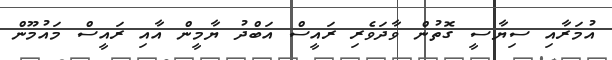
އުމަރާއި ސިޔާސީ ގޮތުން ވާދަވެރި ރައީސް އަބްދު ޔާމީން އާއި ރައީސް މައުމޫން